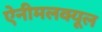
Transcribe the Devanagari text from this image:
ऐनीमलक्यूल